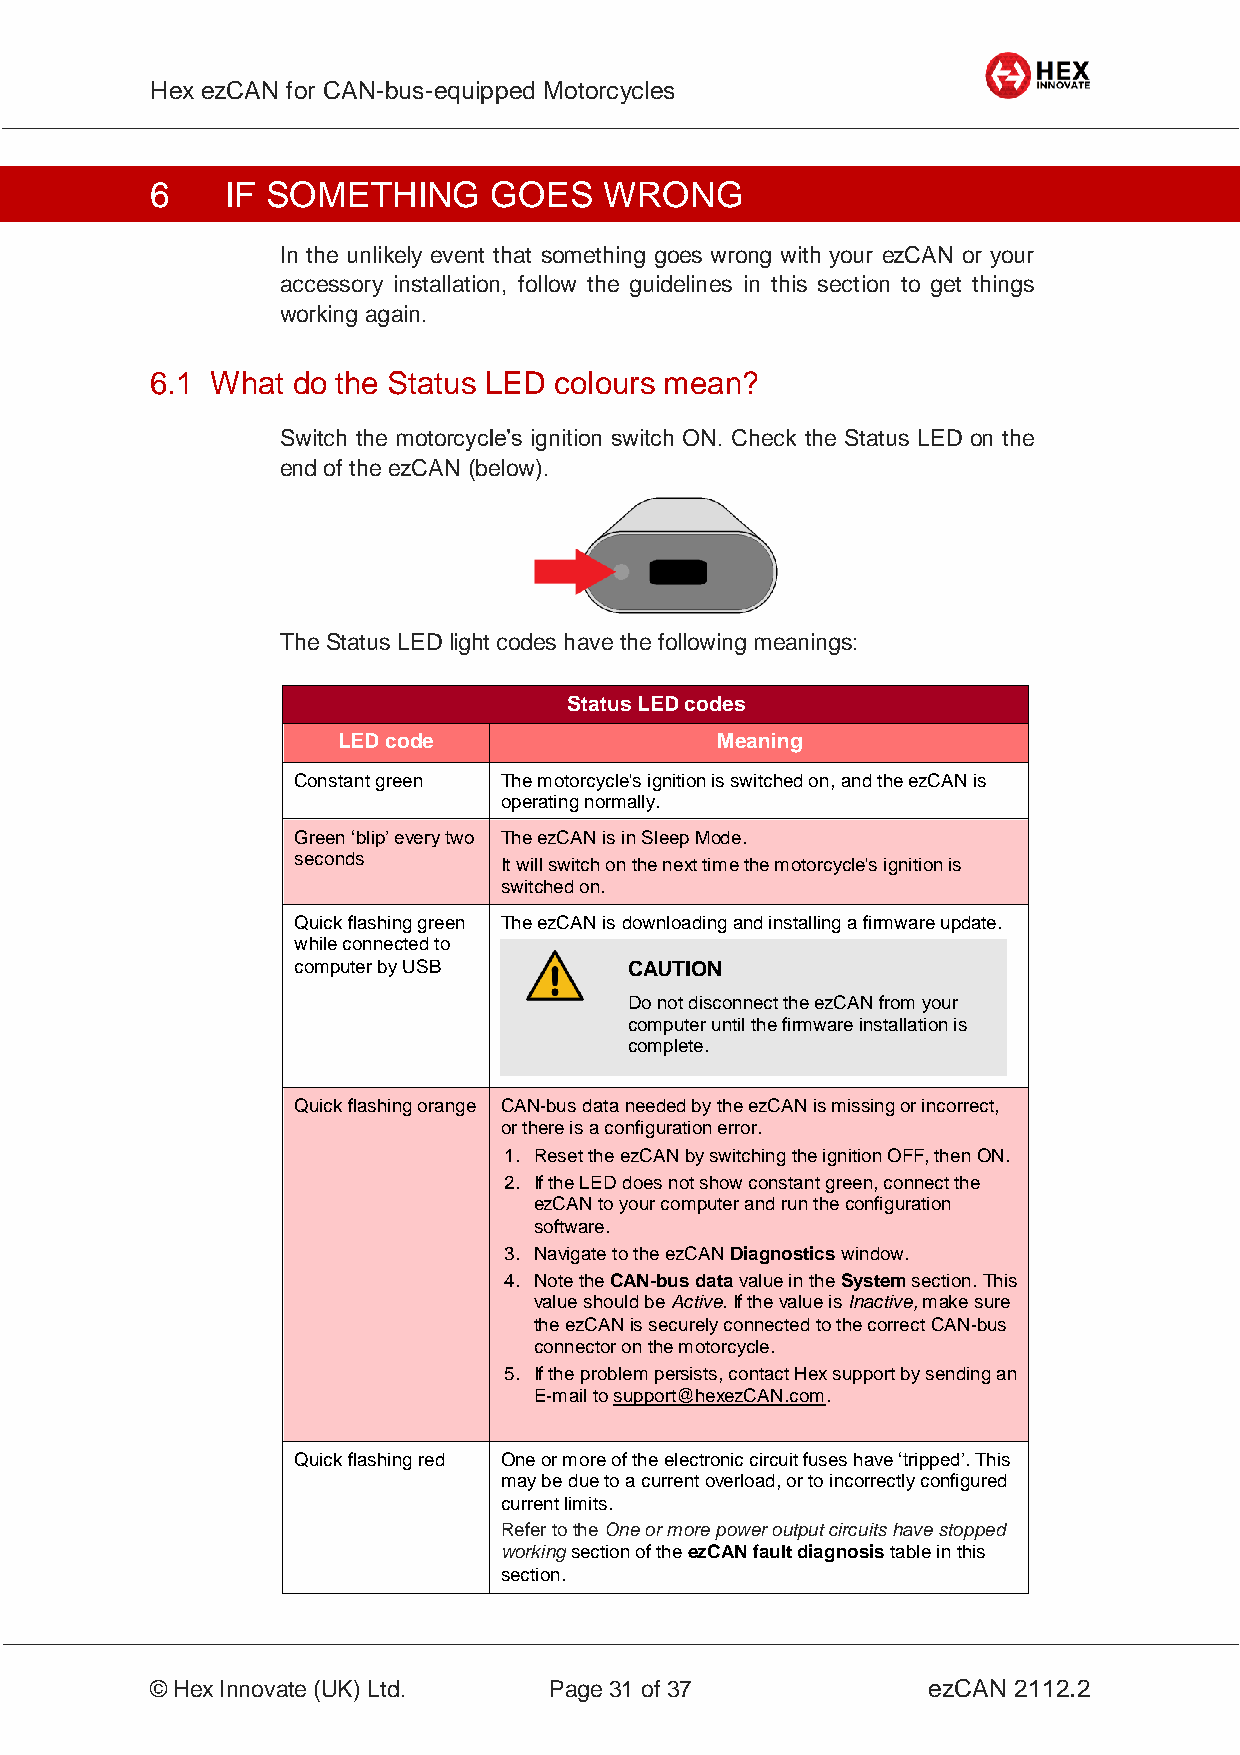
Hex ezCAN for CAN-bus-equipped Motorcycles
 _________________________________________________________________________________________________
 6    IF SOMETHING     GOES    WRONG
 In the unlikely event that something goes wrong with your ezCAN or your
 accessory installation, follow the guidelines in this section to get things
 working again.
 6.1 What do the Status LED colours mean?
 Switch the motorcycle’s ignition switch ON. Check the Status LED on the
 end of the ezCAN (below).
 The Status LED light codes have the following meanings:
 Status LED codes
 LED code                 Meaning
 Constant green The motorcycle's ignition is switched on, and the ezCAN is
 operating normally.
 Green ‘blip’ every two The ezCAN is in Sleep Mode.
 seconds       It will switch on the next time the motorcycle's ignition is
 switched on.
 Quick flashing green The ezCAN is downloading and installing a firmware update.
 while connected to
 computer by USB        CAUTION
 Do not disconnect the ezCAN from your
 computer until the firmware installation is
 complete.
 Quick flashing orange CAN-bus data needed by the ezCAN is missing or incorrect,
 or there is a configuration error.
 1. Reset the ezCAN by switching the ignition OFF, then ON.
 2. If the LED does not show constant green, connect the
 ezCAN to your computer and run the configuration
 software.
 3. Navigate to the ezCAN Diagnostics window.
 4. Note the CAN-bus data value in the System section. This
 value should be Active. If the value is Inactive, make sure
 the ezCAN is securely connected to the correct CAN-bus
 connector on the motorcycle.
 5. If the problem persists, contact Hex support by sending an
 E-mail to support@hexezCAN.com.
 Quick flashing red One or more of the electronic circuit fuses have ‘tripped’. This
 may be due to a current overload, or to incorrectly configured
 current limits.
 Refer to the One or more power output circuits have stopped
 working section of the ezCAN fault diagnosis table in this
 section.
 _________________________________________________________________________________________________
 © Hex Innovate (UK) Ltd.  Page 31 of 37            ezCAN 2112.2